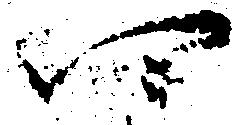
四